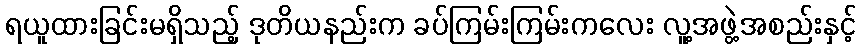
ရယူထားခြင်းမရှိသည့် ဒုတိယနည်းက ခပ်ကြမ်းကြမ်းကလေး လူ့အဖွဲ့အစည်းနှင့်